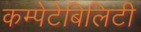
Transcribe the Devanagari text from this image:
कम्पेटेबिलिटी